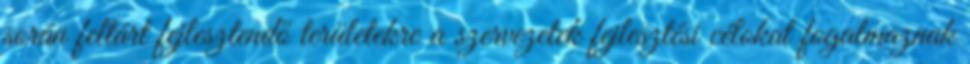
során feltárt fejlesztendő területekre a szervezetek fejlesztési célokat fogalmaznak